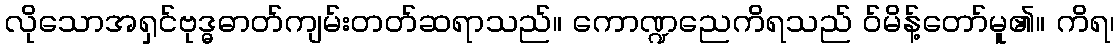
လိုသောအရှင်ဗုဒ္ဓဓာတ်ကျမ်းတတ်ဆရာသည်။ ကောဏ္ဍညေကိရသည် ဝ်မိန့်တော်မူ၏။ ကိရ၊